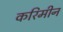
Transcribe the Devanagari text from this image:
करिमीन